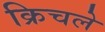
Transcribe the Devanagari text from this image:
क्रिचले